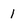
Character: 1